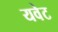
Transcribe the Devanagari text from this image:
यवेट